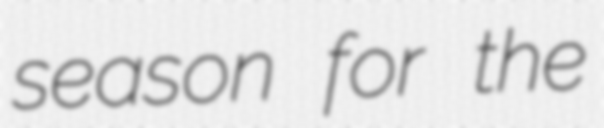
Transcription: season for the